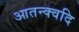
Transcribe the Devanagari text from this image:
आतन्क्वदि